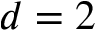
d = 2